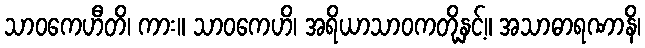
သာဝကေဟီတိ၊ ကား။ သာဝကေဟိ၊ အရိယာသာဝကတို့နှင့်။ အသာဓာရဏာနိ၊